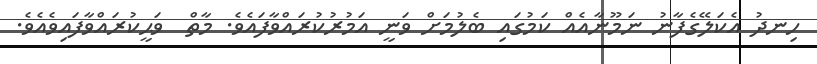
ހިނދު އެކަލޭގެފާނު ނަމޫނާއެއް ކަމުގައި ބެލުމަށް ވަނީ އަމުރުކުރައްވާފައެވެ. މާތް  ވަޙީކުރައްވާފައިވެއެވެ.